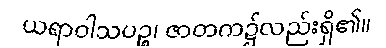
ယရာဝါသပဉ္စ၊ ဇာတက၌လည်းရှိ၏။